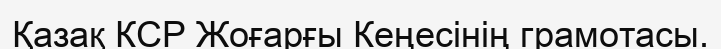
Қазақ КСР Жоғарғы Кеңесінің грамотасы.